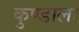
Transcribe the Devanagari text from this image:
कुण्डाला